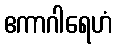
ဧကာဂါရေဟံ